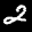
Label: 2